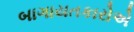
બાગાયતકારોએ